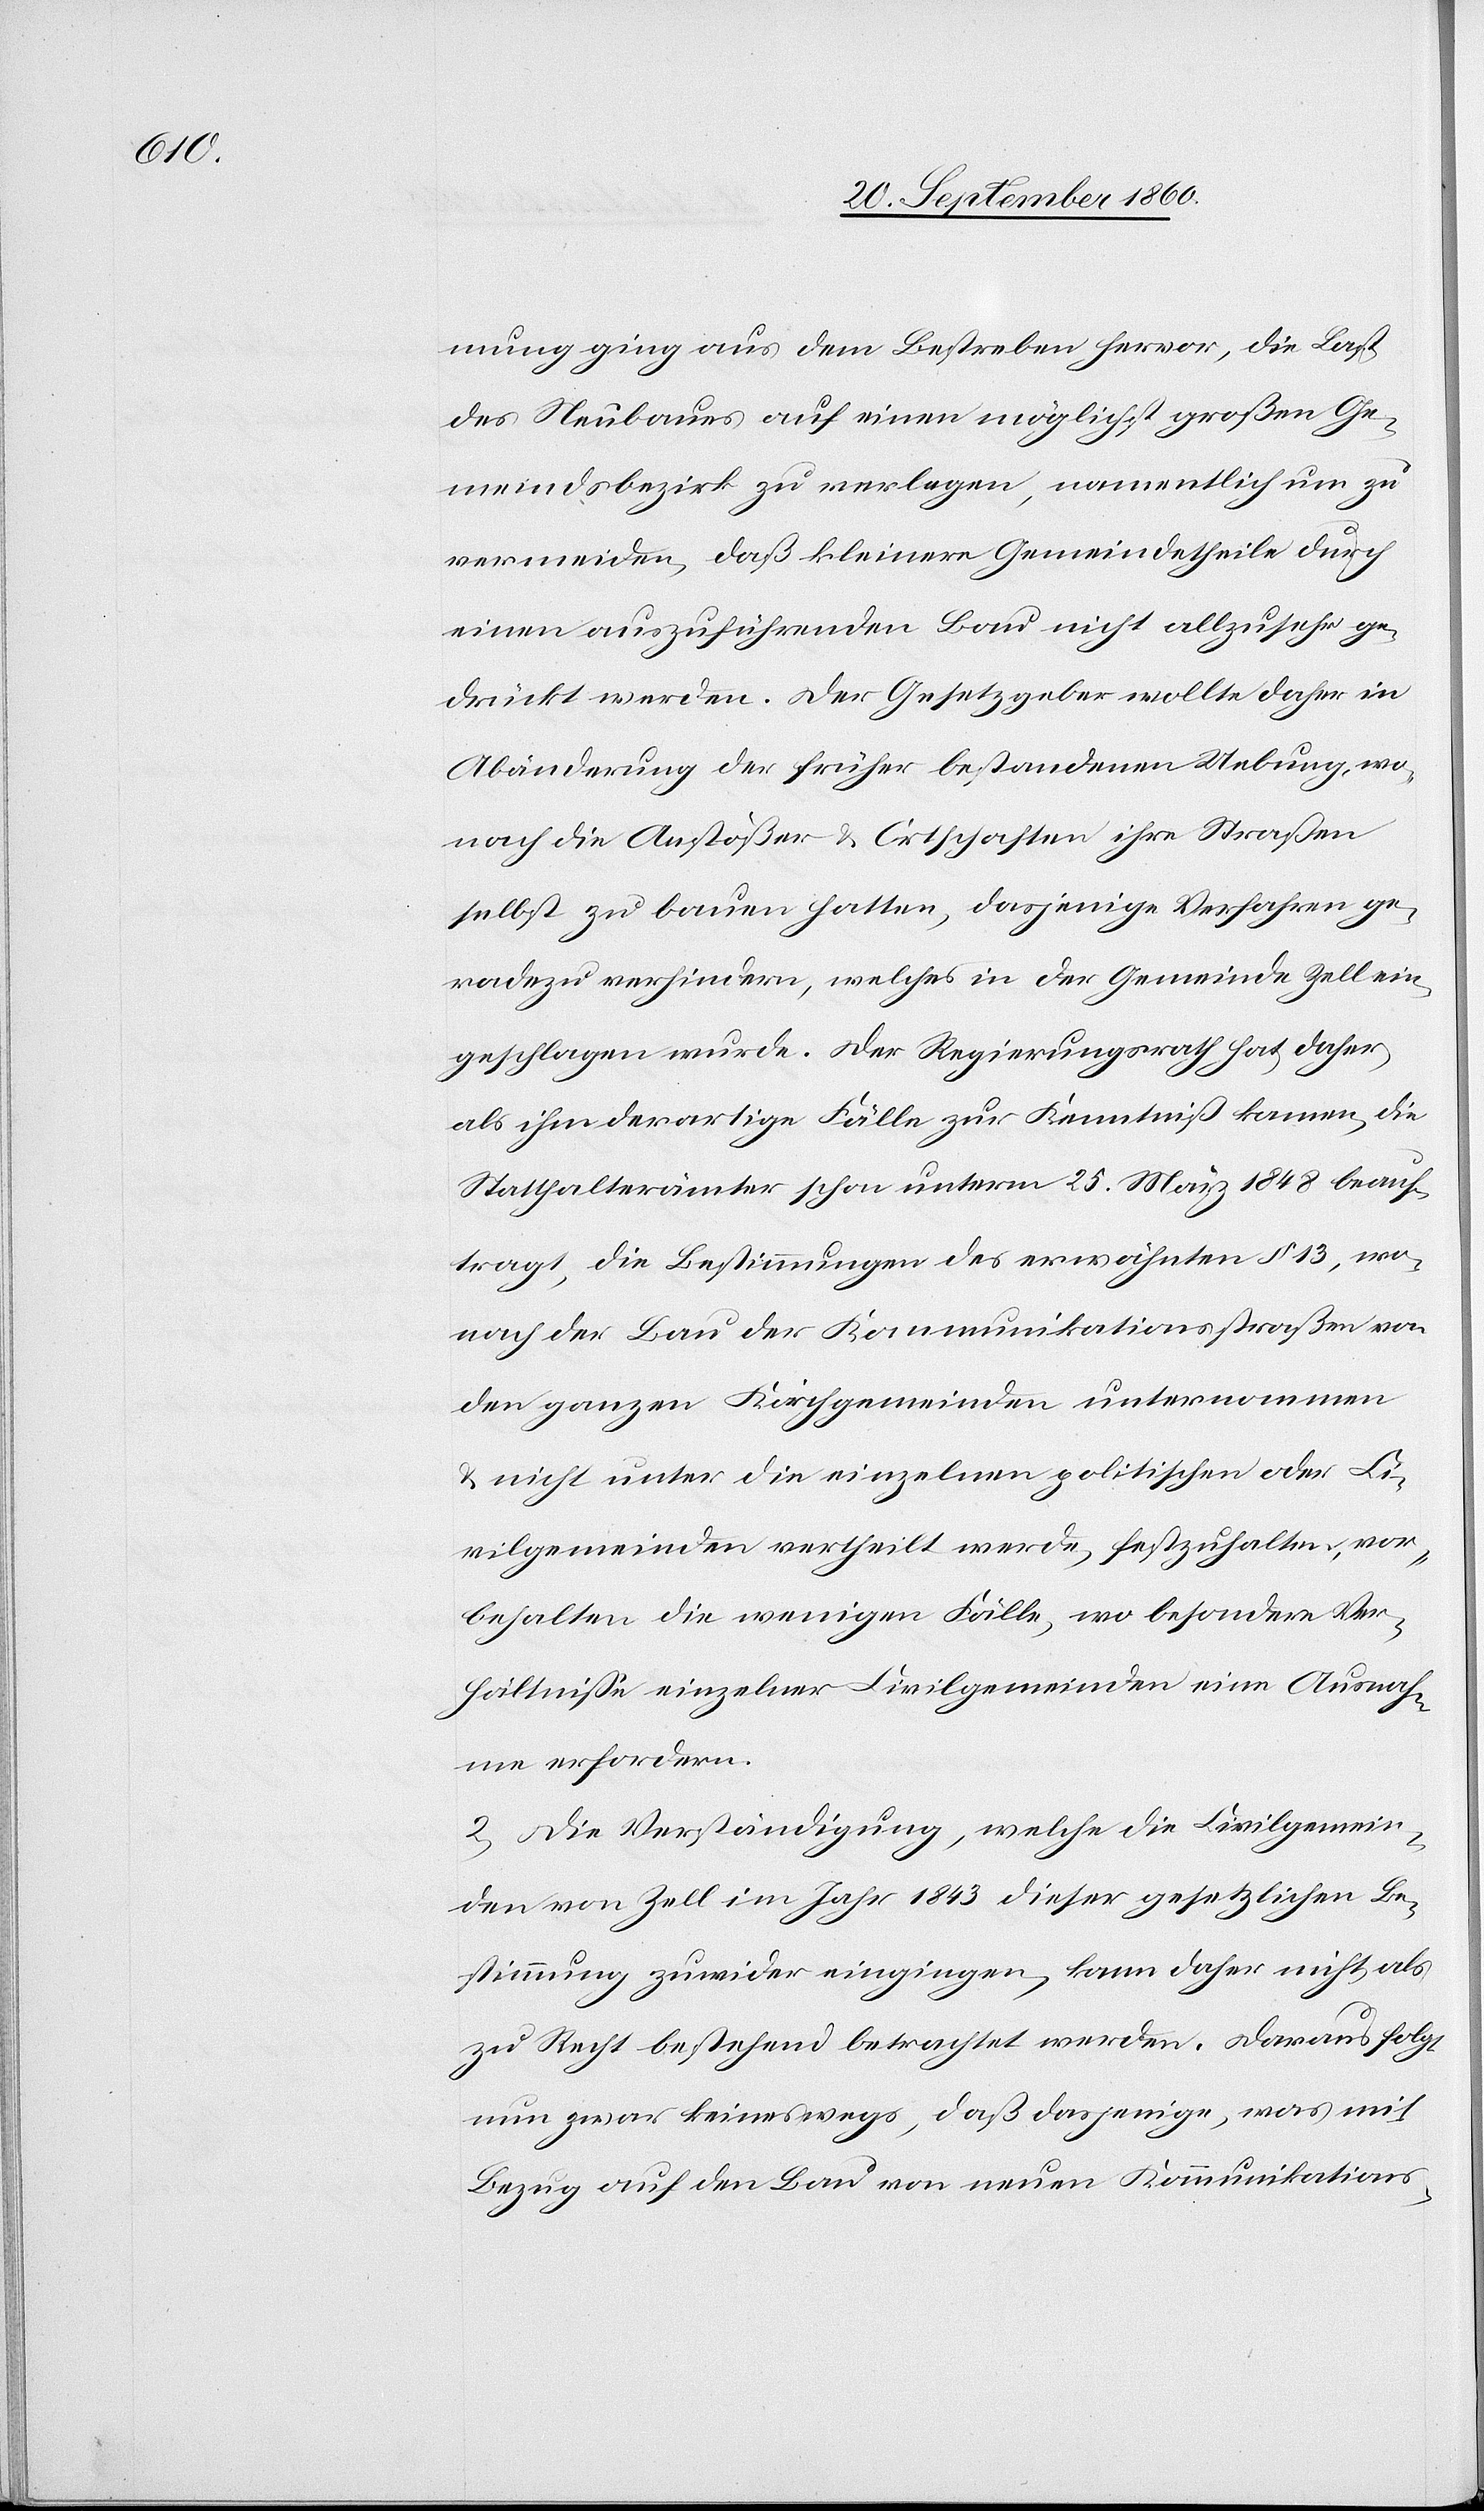
mung ging aus dem Bestreben hervor, die Last
des Neubaues auf einen möglichst großen Ge¬
meindsbezirk zu verlegen, namentlich um zu
vermeiden, daß kleinere Gemeindetheile durch
einen auszuführenden Bau nicht allzu sehr ge¬
drückt werden. Der Gesetzgeber wollte daher in
Abänderung der früher bestandenen Uebung, wo¬
nach die Anstößer & Ortschaften ihre Straßen
selbst zu bauen hatten, dasjenige Verfahren ge¬
radezu verhindern, welches in der Gemeinde Zell ein¬
geschlagen wurde. Der Regierungsrath hat daher,
als ihm derartige Fälle zur Kenntniß kamen, die
Statthalterämter schon unterm 25. März 1848 beauf¬
tragt, die Bestimmungen des erwähnten § 13, wo¬
nach der Bau der Kommunikationsstraßen von
den ganzen Kirchgemeinden unternommen
& nicht unter die einzelnen politischen oder Ci¬
vilgemeinden vertheilt werde, festzuhalten, vor¬
behalten die wenigen Fälle, wo besondere Ver¬
hältnisse einzelner Civilgemeinden eine Ausnah¬
me erfordern.
2) Die Verständigung, welche die Civilgemein¬
den von Zell im Jahr 14843 dieser gesetzlichen Be¬
stimmung zuwider eingingen, kann daher nicht als
zu Recht bestehend betrachtet werden. Daraus folgt
nun zwar keineswegs, daß dasjenige, was mit
Bezug auf den Bau von neuen Kommunikations-